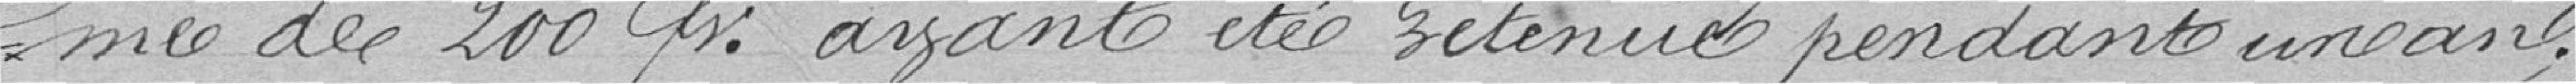
me de 200 francs ayant été retenue pendant un an.